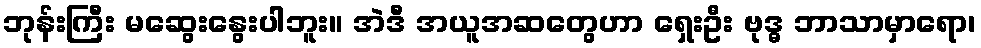
ဘုန်းကြီး မဆွေးနွေးပါဘူး။ အဲဒီ အယူအဆတွေဟာ ရှေးဦး ဗုဒ္ဓ ဘာသာမှာရော၊